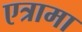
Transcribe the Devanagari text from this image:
एत्रामा